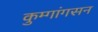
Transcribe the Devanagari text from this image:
कुम्गांगसन